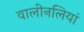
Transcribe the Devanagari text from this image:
वालीनलियां